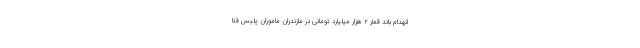
انهدام باند قمار ۲ هزار میلیارد تومانی در مازندران ماموران پلیس فتا